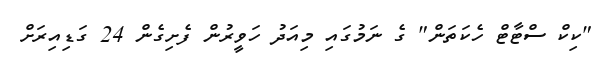
"ކިކް ސްޓާޓް ހެކަތަން" ގެ ނަމުގައި މިއަދު ހަވީރުން ފެށިގެން 24 ގަޑިއިރަށް